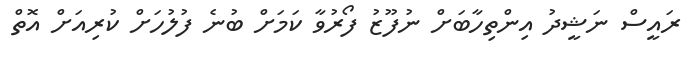
ރައީސް ނަޝީދު އިންތިހާބަށް ނުފޫޒު ފޯރުވާ ކަމަށް ބުނެ ފުލުހަށް ކުރިއަށް އޮތް